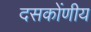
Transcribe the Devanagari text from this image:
दसकोंणीय